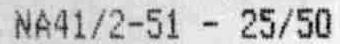
NA41/2-51 - 25/50